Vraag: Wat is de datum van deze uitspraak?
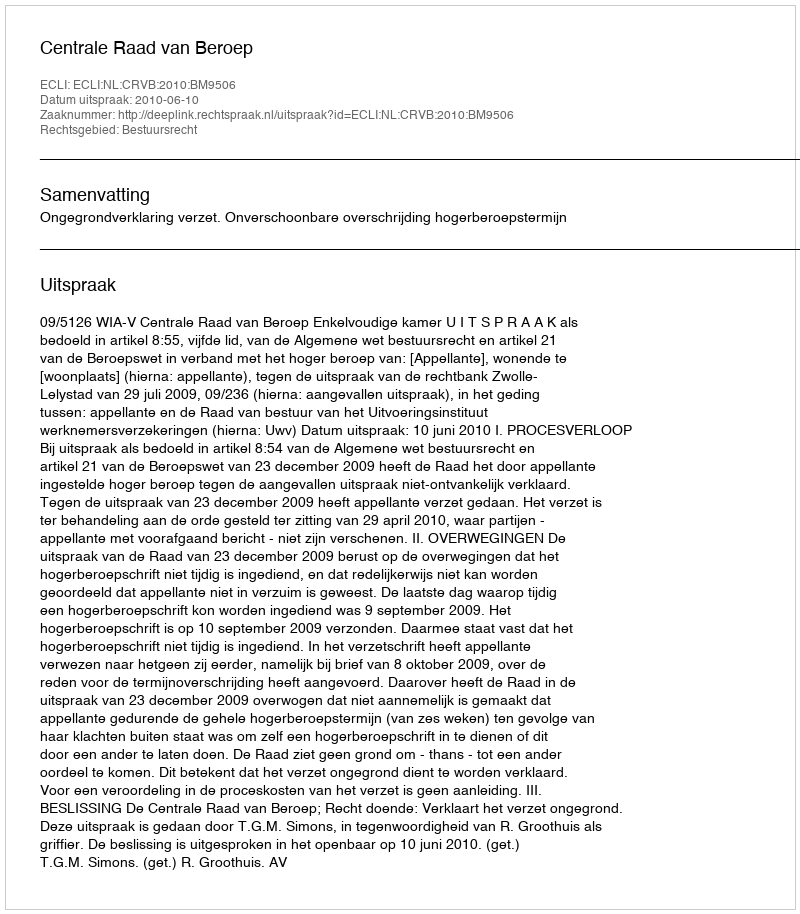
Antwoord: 2010-06-10